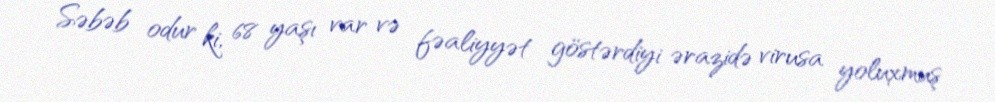
Səbəb odur ki, 68 yaşı var və fəaliyyət göstərdiyi ərazidə virusa yoluxmuş